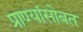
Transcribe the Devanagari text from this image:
प्राण्यांसोबत